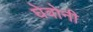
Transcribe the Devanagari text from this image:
घेवोनी